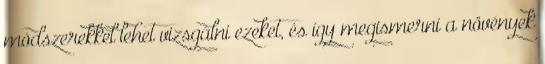
módszerekkel lehet vizsgálni ezeket, és így megismerni a növények